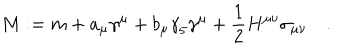
M : = m + a _ { \mu } { \gamma } ^ { \mu } + b _ { \mu } { \gamma } _ { 5 } { \gamma } ^ { \mu } + \frac { 1 } { 2 } H ^ { \mu \nu } { \sigma } _ { \mu \nu } \quad .